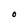
Character: O